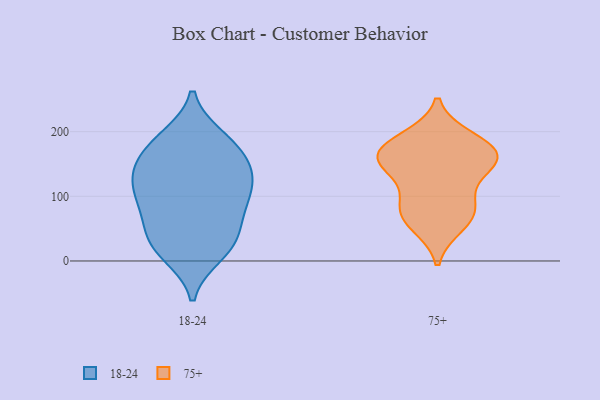
{"axis": {"x": "Energy Usage (MWh)", "y": "Value"}, "legend": ["18-24", "75+"], "data": [{"x": "", "y": 185, "type": "18-24"}, {"x": "", "y": 102, "type": "18-24"}, {"x": "", "y": 153, "type": "18-24"}, {"x": "", "y": 128, "type": "18-24"}, {"x": "", "y": 16, "type": "18-24"}, {"x": "", "y": 183, "type": "18-24"}, {"x": "", "y": 133, "type": "18-24"}, {"x": "", "y": 101, "type": "18-24"}, {"x": "", "y": 105, "type": "18-24"}, {"x": "", "y": 191, "type": "18-24"}, {"x": "", "y": 65, "type": "18-24"}, {"x": "", "y": 32, "type": "18-24"}, {"x": "", "y": 158, "type": "18-24"}, {"x": "", "y": 10, "type": "18-24"}, {"x": "", "y": 27, "type": "18-24"}, {"x": "", "y": 82, "type": "18-24"}, {"x": "", "y": 51, "type": "18-24"}, {"x": "", "y": 137, "type": "18-24"}, {"x": "", "y": 71, "type": "75+"}, {"x": "", "y": 56, "type": "75+"}, {"x": "", "y": 153, "type": "75+"}, {"x": "", "y": 79, "type": "75+"}, {"x": "", "y": 169, "type": "75+"}, {"x": "", "y": 138, "type": "75+"}, {"x": "", "y": 92, "type": "75+"}, {"x": "", "y": 161, "type": "75+"}, {"x": "", "y": 156, "type": "75+"}, {"x": "", "y": 178, "type": "75+"}, {"x": "", "y": 189, "type": "75+"}]}